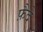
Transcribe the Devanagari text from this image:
फ़ैदे